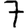
Digit: 7